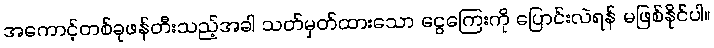
အကောင့်တစ်ခုဖန်တီးသည့်အခါ သတ်မှတ်ထားသော ငွေကြေးကို ပြောင်းလဲရန် မဖြစ်နိုင်ပါ။